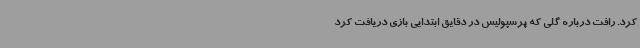
کرد. رافت درباره گلی که پرسپولیس در دقایق ابتدایی بازی دریافت کرد